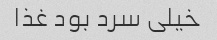
خیلی سرد بود غذا